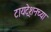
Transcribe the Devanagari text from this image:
टायट्रेशनच्या